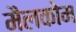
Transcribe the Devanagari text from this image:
मैलकोम